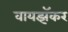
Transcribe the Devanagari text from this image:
वायझॅकर